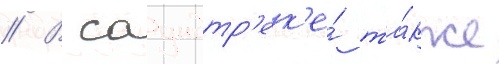
// В саундтр'ек'е́ та́кже